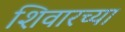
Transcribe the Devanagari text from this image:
शिवारच्या